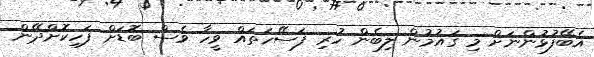
އެބޭފުޅުންނަށް މި ގައުމުން ލިބެން ހުރި ފަސޭހަތައް ވީހާ ވެސް ބޮޑަށް ފަހިކޮށްދޭން